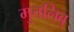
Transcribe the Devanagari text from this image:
मुत्तलिब्